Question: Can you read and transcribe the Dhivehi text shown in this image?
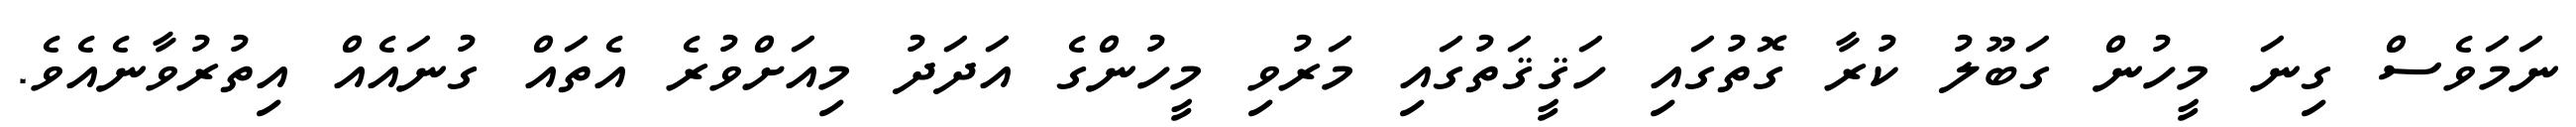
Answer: ނަމަވެސް ގިނަ މީހުން ގަބޫލު ކުރާ ގޮތުގައި ހަޤީޤަތުގައި މަރުވި މީހުންގެ އަދަދު މިއަށްވުރެ އެތައް ގުނައެއް އިތުރުވާނެއެވެ.